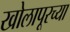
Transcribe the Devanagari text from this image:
खोलापूरच्या